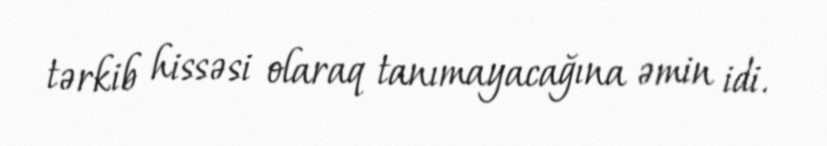
tərkib hissəsi olaraq tanımayacağına əmin idi.